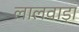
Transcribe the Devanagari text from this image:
लालवाड़ा